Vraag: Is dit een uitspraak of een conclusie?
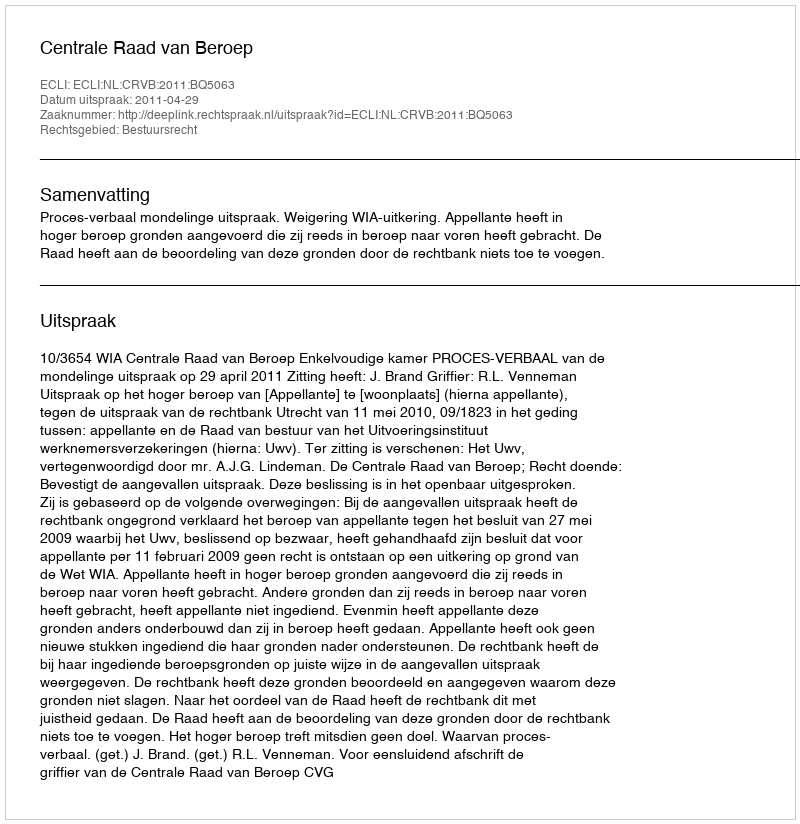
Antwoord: Uitspraak